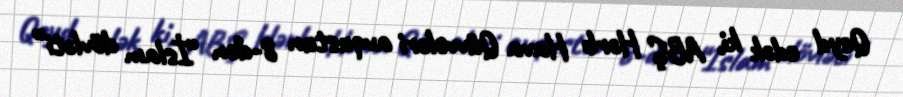
Qeyd edək ki, ABŞ Hərb Hava Qüvvələri avqustun 8-dən “İslam dövləti”